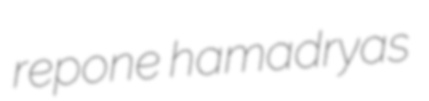
repone hamadryas